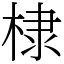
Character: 棣